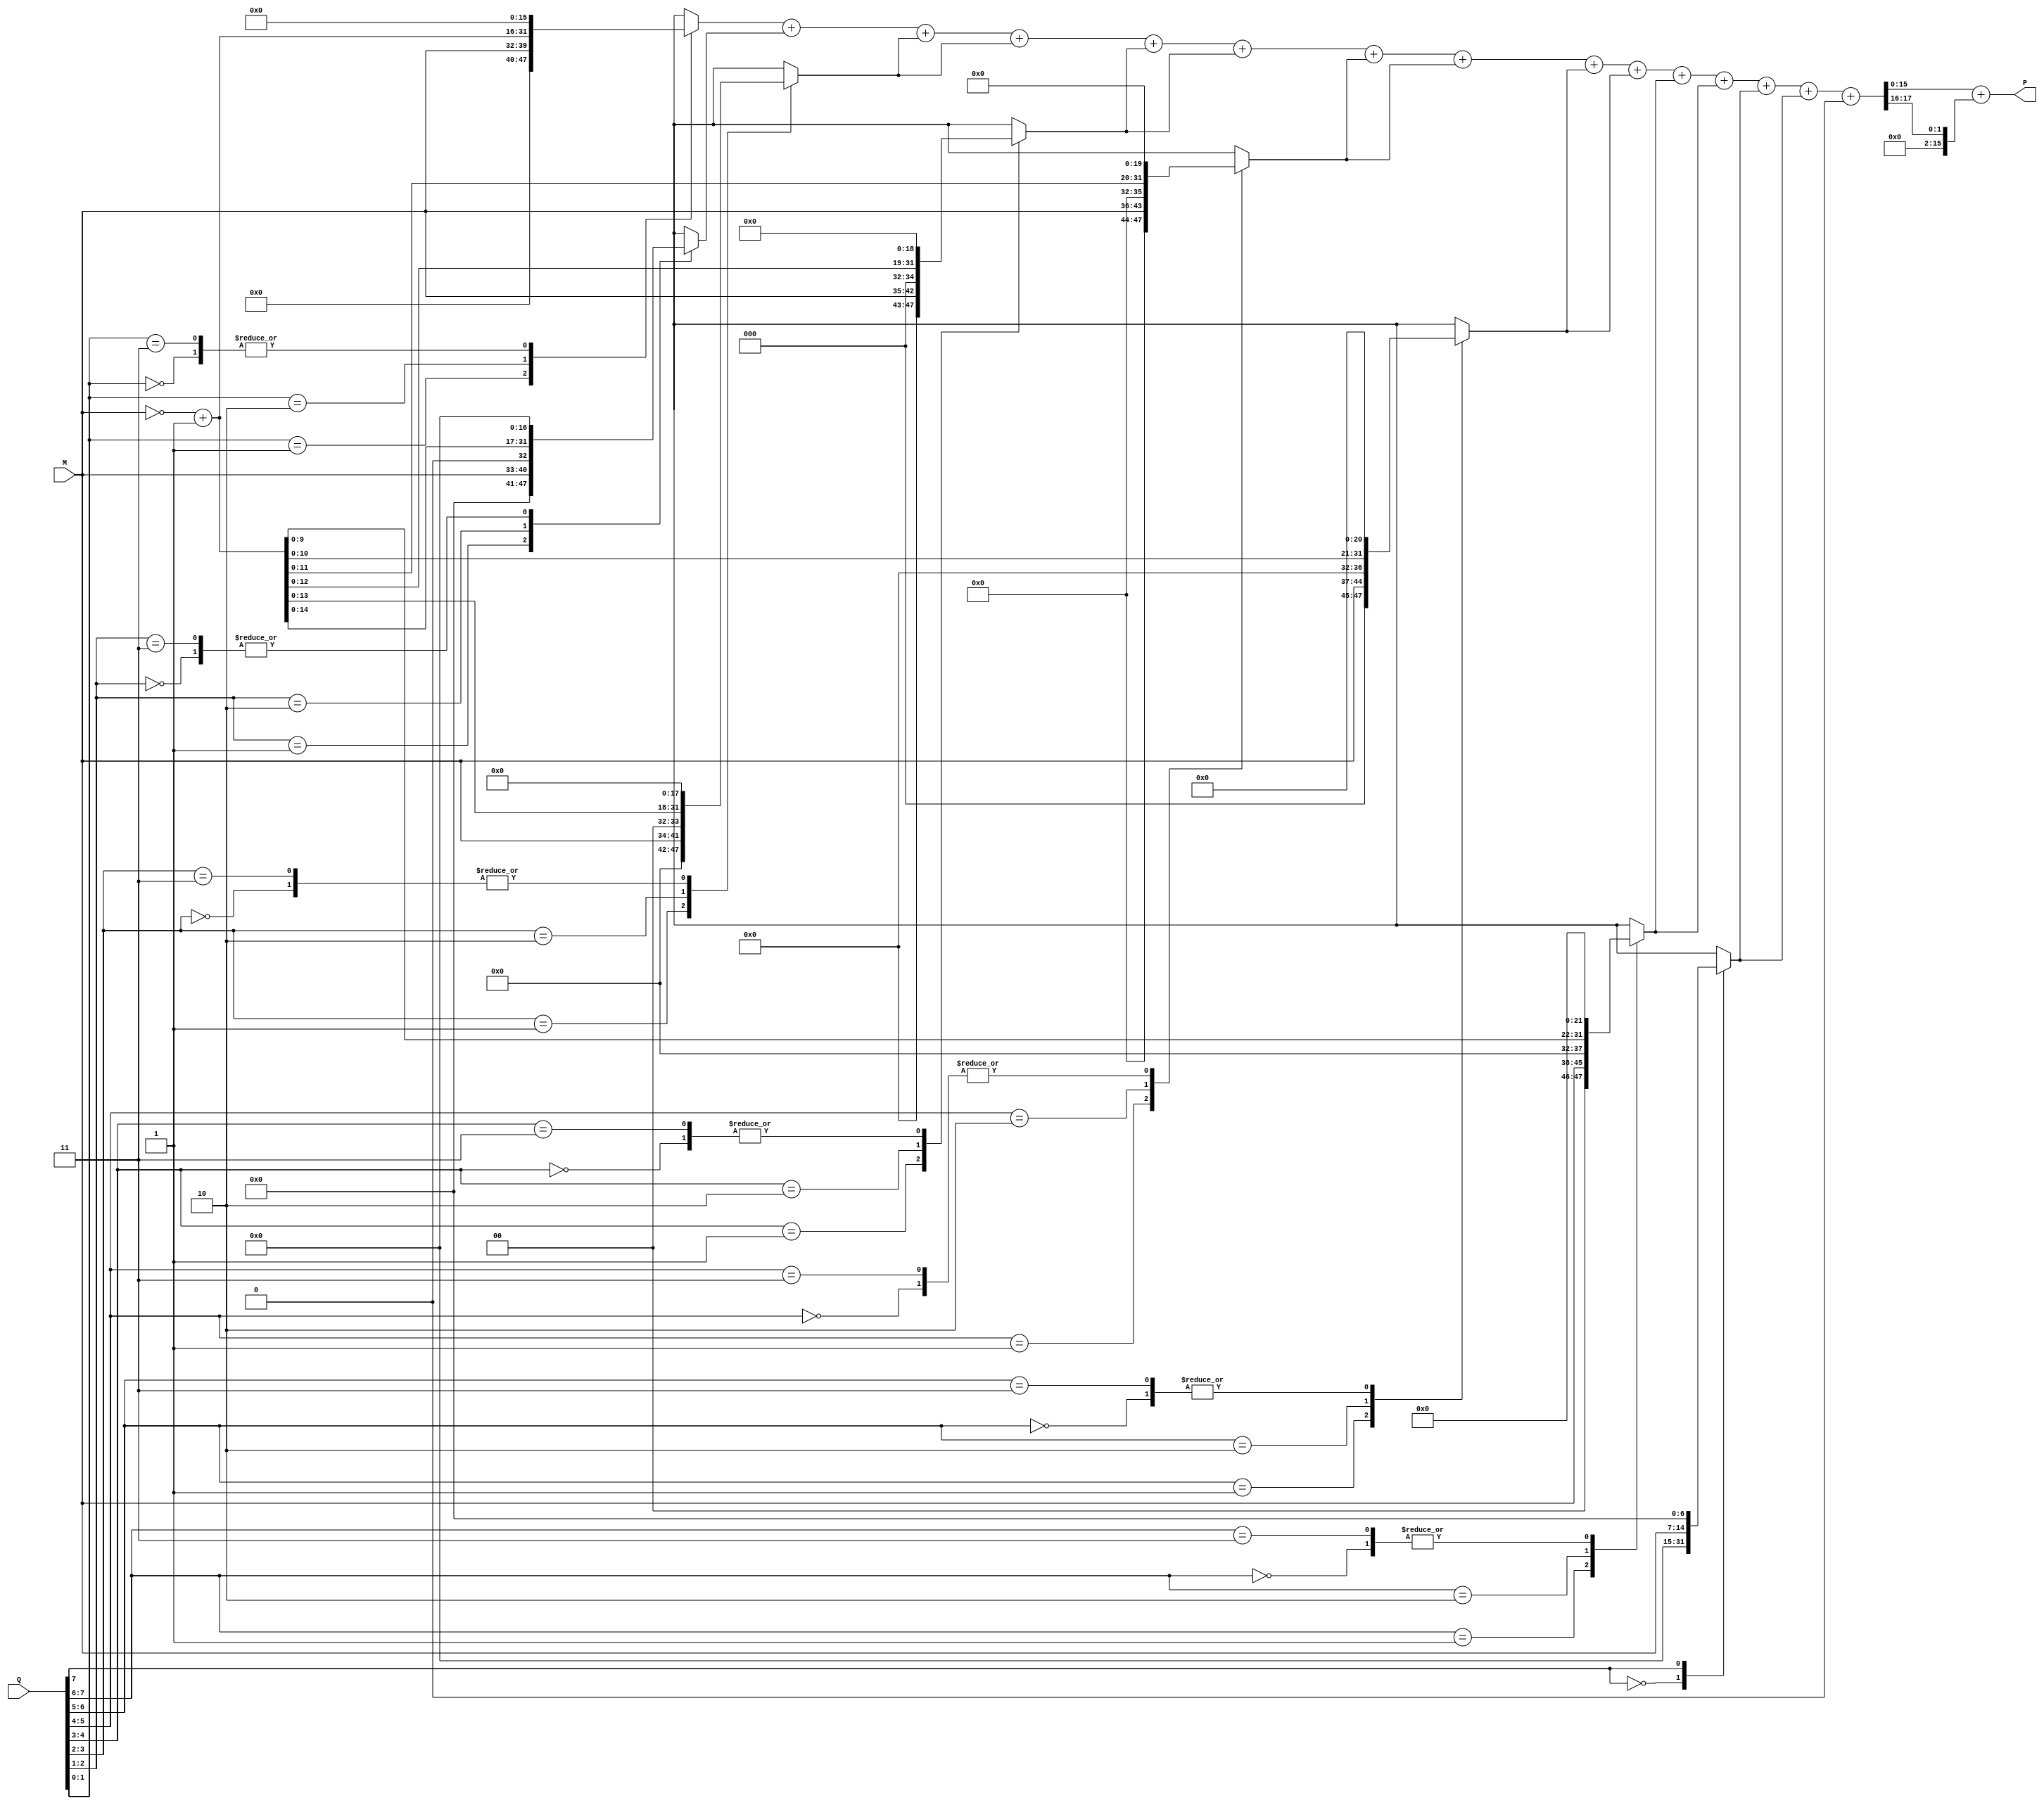
module booth_multiplier #(
    parameter N = 8 // Number of bits for the inputs
)(
    input  signed [N-1:0] M, // Multiplicand
    input  signed [N-1:0] Q, // Multiplier
    output signed [2*N-1:0] P // Product
);

// Booth encoding
reg [N:0] Q_ext; // Extended multiplier with an extra bit for encoding
reg [N:0] M_ext; // Extended multiplicand
reg [2*N-1:0] partial_products [0:N-1]; // Array for partial products

// Generate Booth encoded partial products
integer i;
always @(*) begin
    Q_ext = {1'b0, Q}; // Extending Q to N+1 bits
    M_ext = {M};      // M is already N bits

    for (i = 0; i < N; i = i + 1) begin
        case (Q_ext[i+1:i])
            2'b00: partial_products[i] = 0;                // 0
            2'b01: partial_products[i] = M_ext << i;       // +M
            2'b10: partial_products[i] = ~M_ext + 1 << i;  // -M
            2'b11: partial_products[i] = 0;                 // 0
        endcase
    end
end

// Wallace tree reduction
wire [2*N-1:0] sum [0:N-1];
wire [2*N-1:0] carry [0:N-1];
wire [2*N-1:0] final_sum;

// Initial stage (partial products)
assign sum[0] = partial_products[0];
assign carry[0] = 0;

// Wallace tree reduction stages
genvar j;
generate
    for (j = 1; j < N; j = j + 1) begin: reduction_stage
        wire [2*N-1:0] a = sum[j-1];
        wire [2*N-1:0] b = partial_products[j];
        wire [2*N-1:0] c = j < N-1 ? partial_products[j+1] : 0; // next partial product
        
        // Full adder and half adder logic to combine the bits
        assign {carry[j], sum[j]} = a + b + c; // simple addition to combine
    end
endgenerate

// Final stage: Combine all to produce the final product
assign final_sum = sum[N-1] + carry[N-1];

// Assign to output
assign P = final_sum;

endmodule